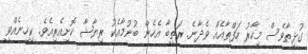
ގުޅިތާވެސް މިހާރު ހަފްތާއެއް ވެދާނެ. ރަތީބާ އެހެން ބުނުމާއެކު ރިޔާޝާ ކޮށިއެރިއެވެ. ކިހިނެއްވީ